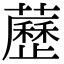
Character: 藶